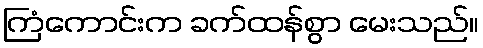
ကြံကောင်းက ခက်ထန်စွာ မေးသည်။